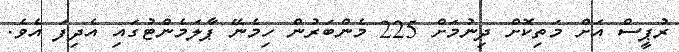
ރުޕީސް އަށް މަތިކޮށް ދިނުމަށް 225 މެންބަރުން ހިމެނޭ ޕާލަމެންޓުގައި އެދިފަ އެވެ.